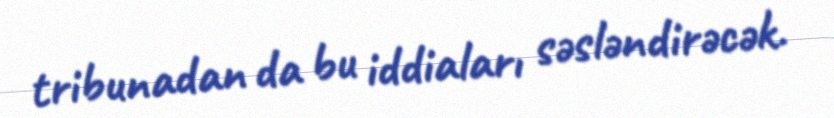
tribunadan da bu iddiaları səsləndirəcək.